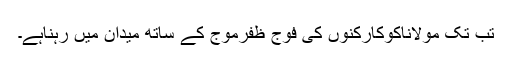
تب تک مولاناکوکارکنوں کی فوج ظفرموج کے ساتھ میدان میں رہناہے۔